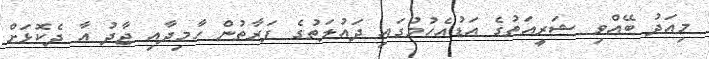
މިއަދު ބޭއްވި ޝަރީއަތުގެ އަޑުއެހުމުގައި ދައުލަތުގެ ފަރާތުން ހާމިދާއި ޖާދު އާ ދެކޮޅަށް